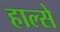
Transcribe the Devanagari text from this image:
हाल्से